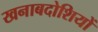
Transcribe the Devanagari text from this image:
खनाबदोशियों